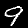
Digit: 9